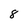
Character: 8